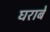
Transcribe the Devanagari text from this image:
घराबे